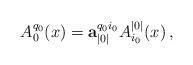
LaTeX: \begin{align*}A_0^{q_0}(x)=\mathbf{a}_{|0|}^{q_0i_0}A_{i_0}^{|0|}(x)\,,\end{align*}